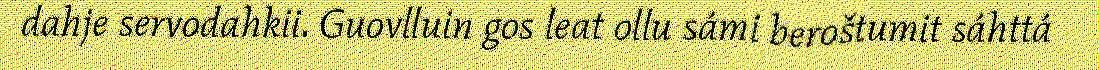
dahje servodahkii. Guovlluin gos leat ollu sámi beroštumit sáhttá